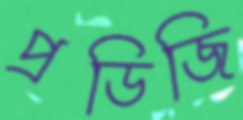
প্রডিজি